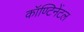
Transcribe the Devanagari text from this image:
कॉण्टिनेंटल